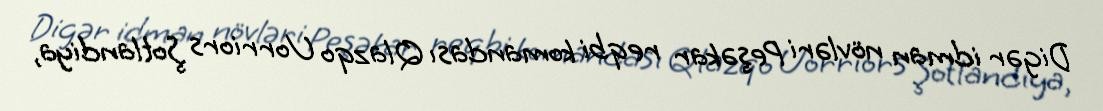
Digər idman növləri Peşəkar reqbi komandası Qlazqo Uorriors Şotlandiya,